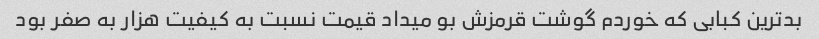
بدترین کبابی که خوردم گوشت قرمزش بو میداد قیمت نسبت به کیفیت هزار به صفر بود